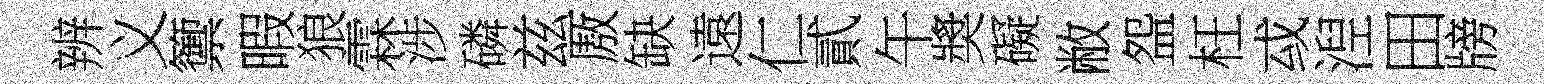
辨义籞暇狼霖涉磷兹厫缺遠仁貳午奬礙敝盌枉㦯湼田牓